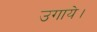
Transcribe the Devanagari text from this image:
उगाये।